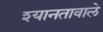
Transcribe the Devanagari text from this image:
श्यानतावाले